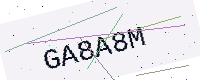
Text: GA8A8M